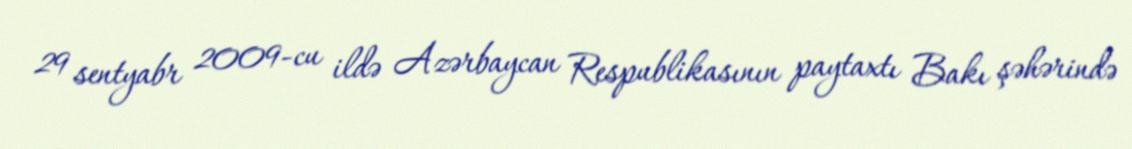
29 sentyabr 2009-cu ildə Azərbaycan Respublikasının paytaxtı Bakı şəhərində